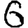
Digit: 6